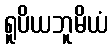
ရူပိယဘူမိယံ